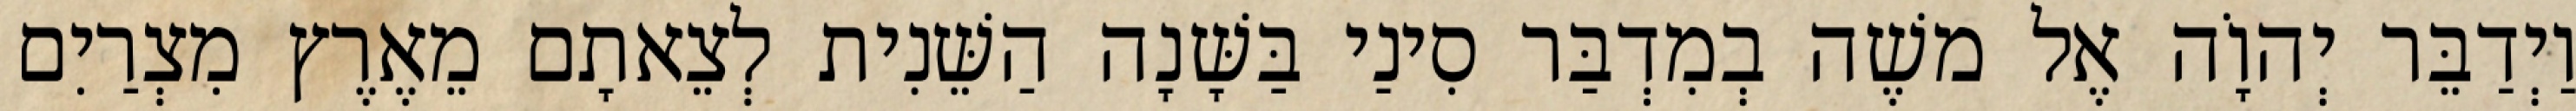
וַיְדַבֵּר יְהוָֹה אֶל משֶׁה בְמִדְבַּר סִינַי בַּשָּׁנָה הַשֵּׁנִית לְצֵאתָם מֵאֶרֶץ מִצְרַיִם